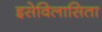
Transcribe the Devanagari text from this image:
इसेविलासिता